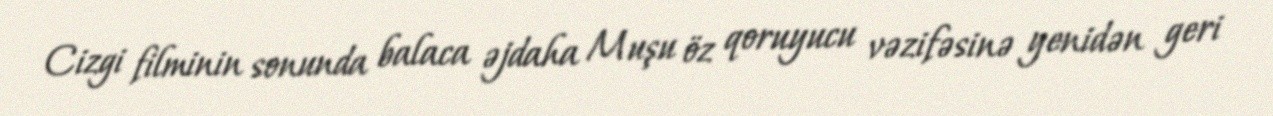
Cizgi filminin sonunda balaca əjdaha Muşu öz qoruyucu vəzifəsinə yenidən geri